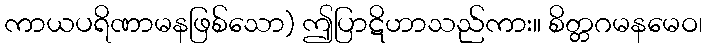
ကာယပရိဏာမနဖြစ်သော) ဤပြာဋိဟာသည်ကား။ စိတ္တဂမနမေဝ၊